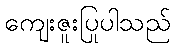
ကျေးဇူးပြုပါသည်